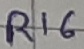
Text: R16